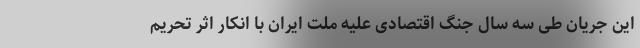
این جریان طی سه سال جنگ اقتصادی علیه ملت ایران با انکار اثر تحریم